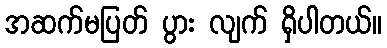
အဆက်မပြတ် ပွား လျက် ရှိပါတယ်။